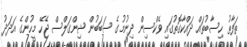
ތަފާތު ހިސާބުތައް ދައްކާގޮތުގައި ވެކްސިން ދިނުމުގެ ސަބަބުން ޝިންގަލްސް ޖެހޭ މީހުންގެ އަދަދު